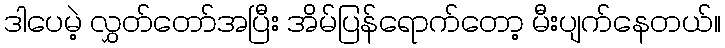
ဒါပေမဲ့ လွှတ်တော်အပြီး အိမ်ပြန်ရောက်တော့ မီးပျက်နေတယ်။